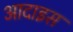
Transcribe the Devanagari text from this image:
आदाइस